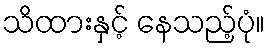
သိထားနှင့် နေသည့်ပုံ။